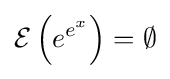
{\mathcal {E}}\left(e^{e^{x}}\right)=\emptyset